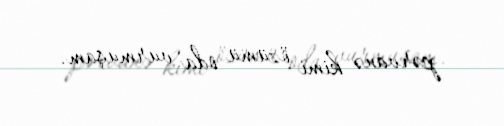
pərvanə kimi özümü oda vurmuşam.